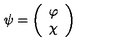
\psi = \left( \begin{array} { l c r } { \varphi } \\ { \chi } \\ \end{array} \right)